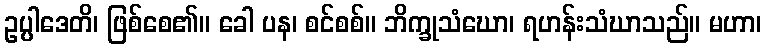
ဥပ္ပါဒေတိ၊ ဖြစ်စေ၏။ ခေါ ပန၊ စင်စစ်။ ဘိက္ခုသံဃော၊ ရဟန်းသံဃာသည်။ မဟာ၊